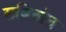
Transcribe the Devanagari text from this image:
सबिओत